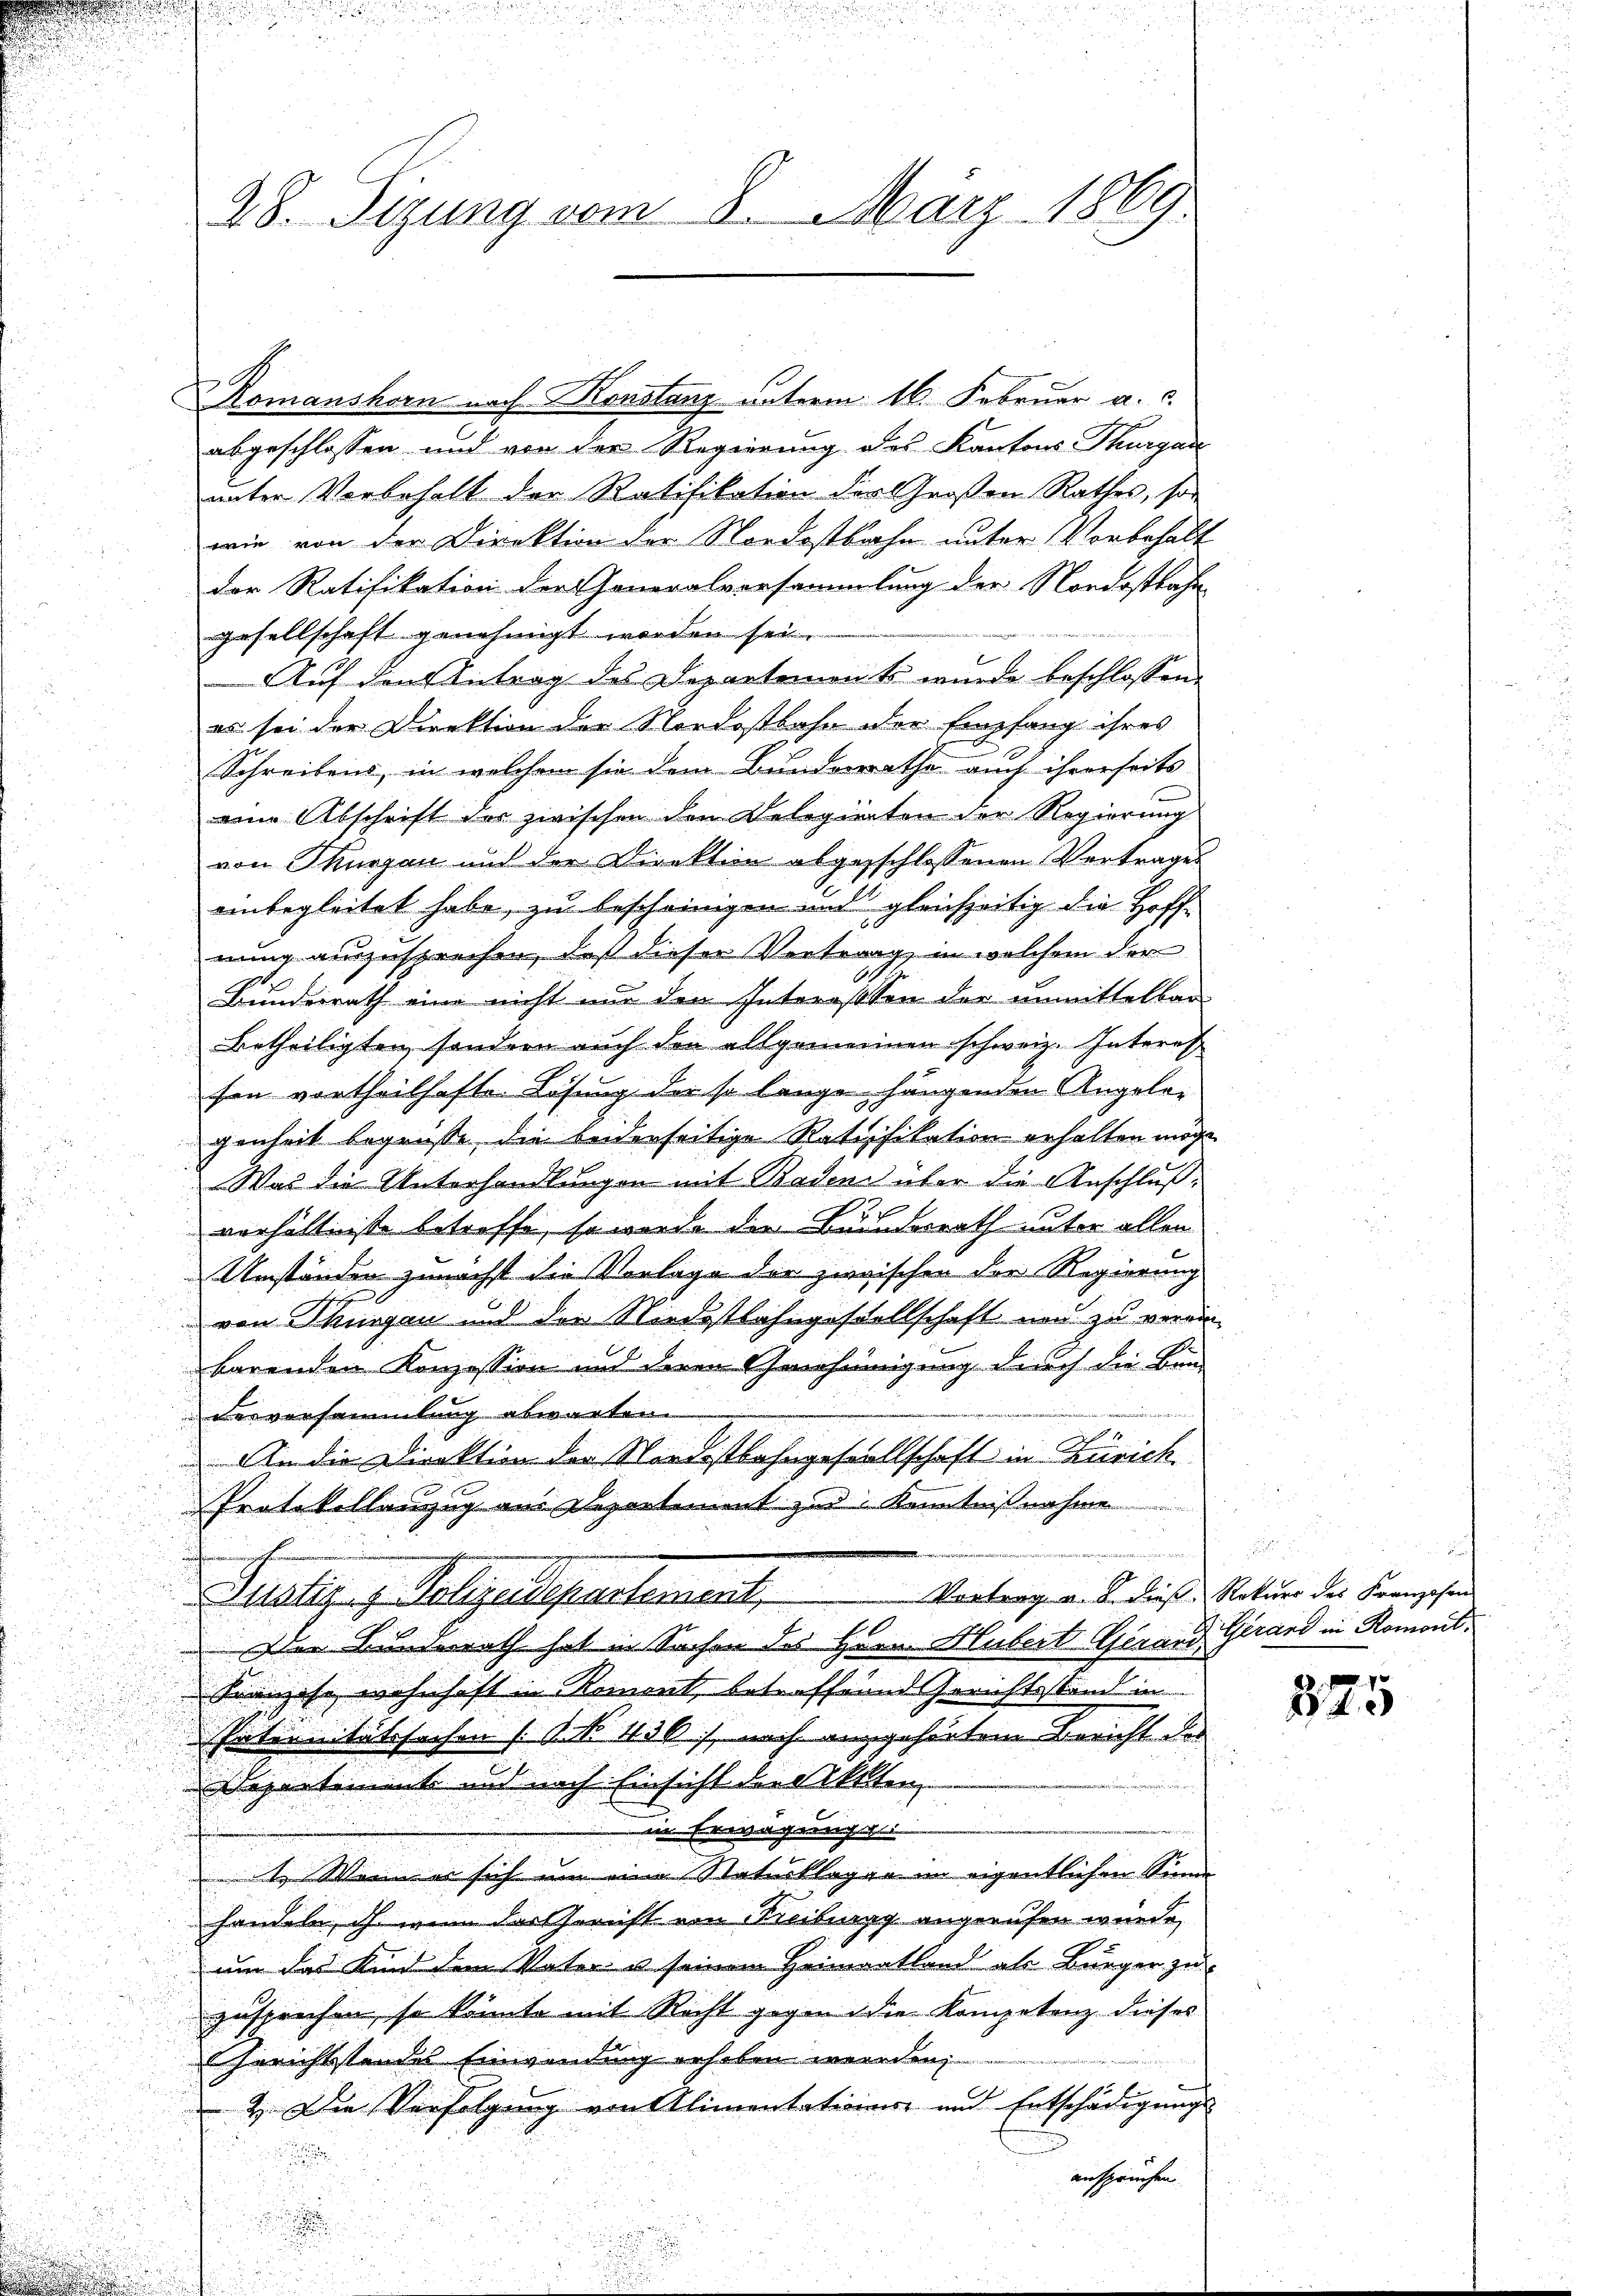
28. Sizung vom 8. März 1869

abgeschlossen und von der Regierung des Kantons Thurgau
unter Vorbehalt der Ratifikation der Großen Rathes, so
wie von der Direktion der Nordostbahn unter Vorbehalt
Der Ratifikation der Generalversammlung der Nordostbahn
gesellschaft genehmigt worden sei.
Auf den Antrag des Departemonts wurde beschlossen:
es sei der Direktion der Nordostbahn der Empfang ihres
Schreibens, in welchen sie dem Bundesrathe auch ihrerseits
eine Abschrift der zwischen den Delegierten der Regierung
von Thurgau und der Direktion abgeschlossenen Vertrages
einbegleitet habe, zu bescheinigen und gleichzeitig die Hoffnung auszusprechen, daß dieser Vortrag, in welchem der
Bundesrath eine nicht nur den Interessen der unmittelbar
uetheiligten, sondern auch den allgemeinen schweiz. Interes
fen vortheilhafte Lösung der so lange hängenden Angele-
genheit begrüße, die beiderseitige Ratifikation erhalten möge
Was die Unterhandlungen mit Baden über die Anschluß,
verhältniste betreffe, so werde die Bunderath unter allen
Umständen zunächst die Vorlage der zwischen der Regierung
von Thurgau und der Niedestbahngesellschaft und zu verein-
barenden Konzession und deren Genehmigung durch die Bun
verversammlung abwarten.
An die Direktion der Nordostbahngesellschaft in Zürich
Protokollanzug aus Departement zur Kenntnißnahme
i
u
u
Vortrag a. b. diese Rekurs des Franzosen
Justiz & Polizeidepartement
Der Bunderath hat in Sachen des Herr Hubert Gerand Girard in Romont.
Franzise wohnhaft in Roment, betreffend Gerichtsstand in
Pationitätssachen (1. No. 436, nach aufgehörten Bericht des
Departemente und nach Einsicht die Akten
u
2
in Erwägung
i

t. Wenn er sich um eine Naturklage im eigentlichen Sinne
22
3
handeln, ich wenn das Gericht von Freiburg angerufen würde,
um das Kind dem Vater u seinem Heimatland als Bürger zu
zusprechen, so könnte mit Recht gegen die Kompetenz dieses
un
Gerichtstandes Einwendung erhoben werden,
n
u
 2. Die Verfolgung von Alimentationes und Entschädigungs-

e

ansprüchen.
d

e
.
.

Romanshorn nach Konstanz unterm 16. Februar a. c.

i

325